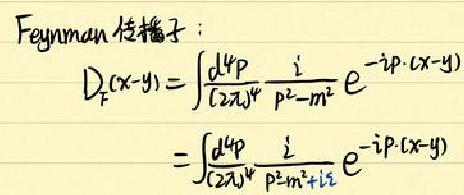
Feynman 传播子：
\begin{align*}
D_F(x - y) &= \int \frac{d^4p}{(2\pi)^4} \frac{i}{p^2 - m^2} e^{-ip\cdot(x - y)}\\
&= \int \frac{d^4p}{(2\pi)^4} \frac{i}{p^2 - m^2 + i\varepsilon} e^{-ip\cdot(x - y)}
\end{align*}